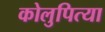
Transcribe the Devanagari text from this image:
कोलुपित्या